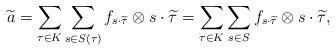
LaTeX: \begin{align*}\widetilde{a}&=\sum_{\tau \in K}\sum_{s \in S(\tau)} {f_{s \cdot \widetilde{\tau}} \otimes s \cdot \widetilde{\tau}} =\sum_{\tau \in K}\sum_{s\in S} {f_{s \cdot \widetilde{\tau}} \otimes s \cdot \widetilde{\tau}},\end{align*}